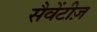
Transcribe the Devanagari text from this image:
सैवेंटीज़